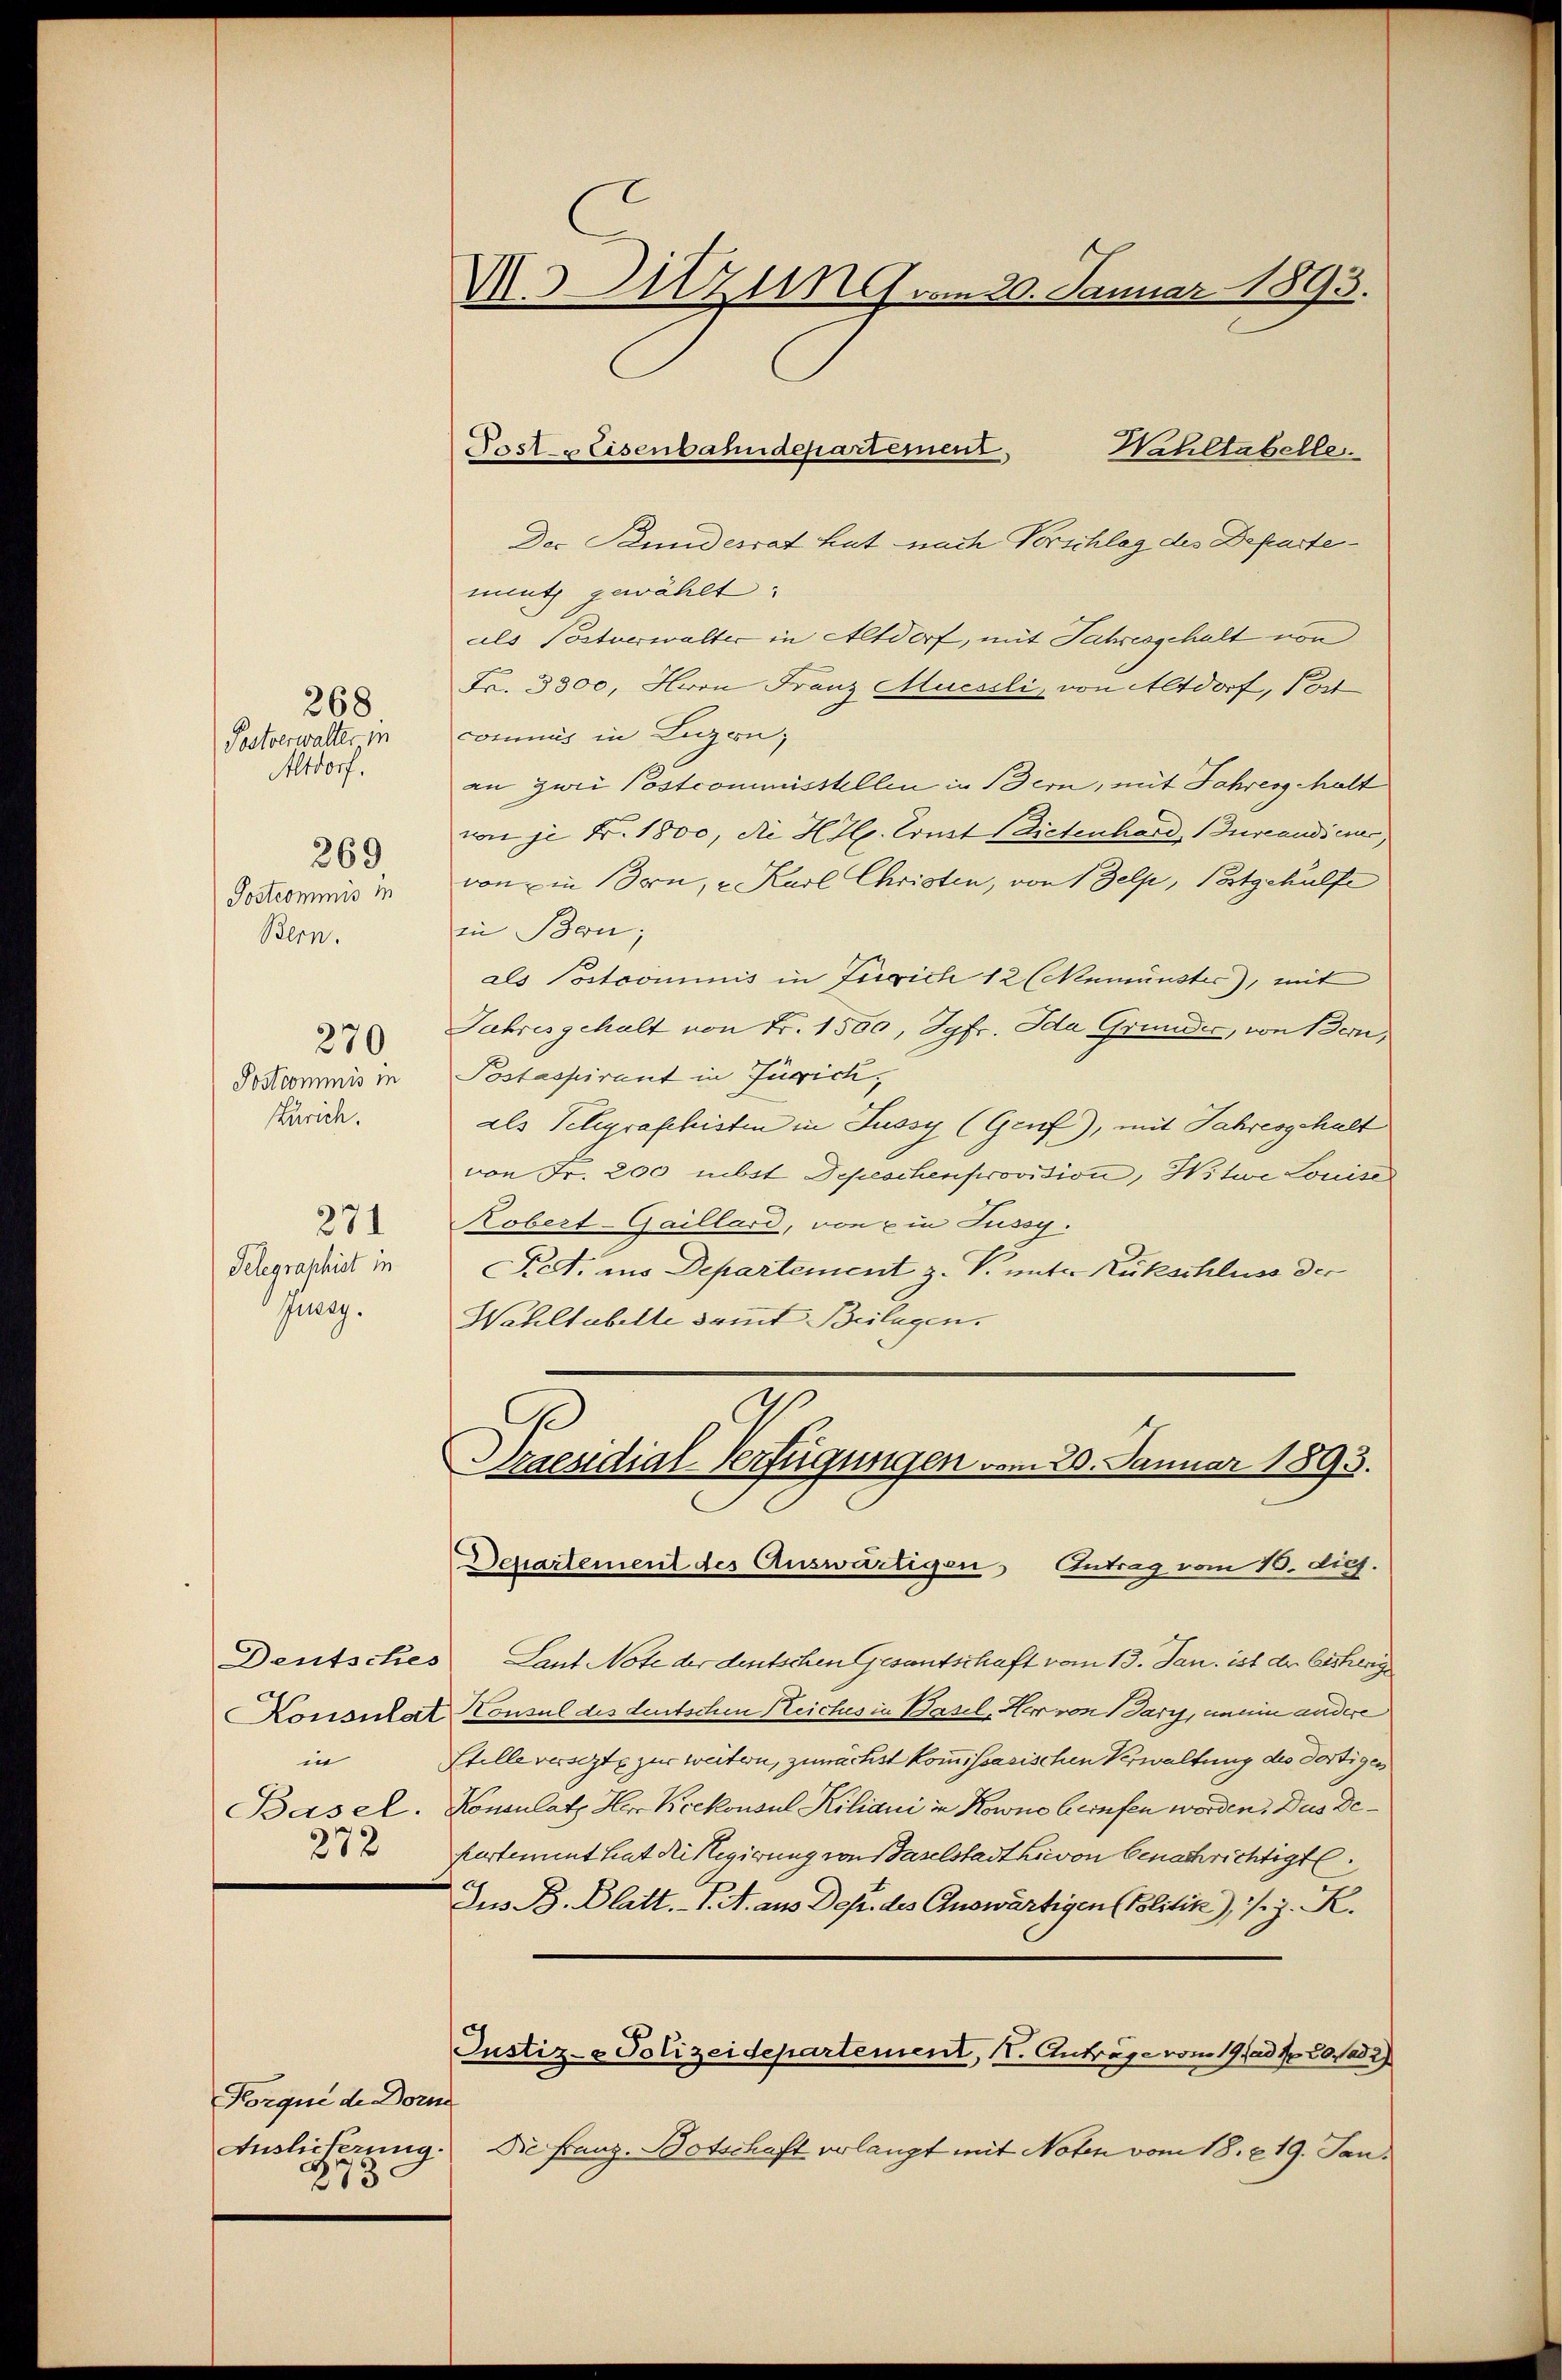
268.
Postverwalter in
Altdorf.
269
Postcommis in
Bern.
270
Postcommis in
Zürich.

Telegraphist in
Juny.

271

in
Basel.
272

Forque de Dor
Auslicherung.
7
3

V. Sitzung vom 20. Januar 1893.

Posts Eisenbahndepartement,

Wahltabelle.
Der Bundesrat hat nach Vorschlag des Departemeuth gewählt:
als Postverwalter in Altdorf, mit Jahresgehalt von
Fr. 3300, Hron Franz Muessli, von Altdorf, Port
commis in Ligen,
an zwei Postcommisstellen in Bern, mit Jahres halt
von je Fr. 1800, die Hilp. Ernst (Dietenhard, Burcandiener,
von in Bern, u. Karl Christen, von 1 Zelp, Postgehülfe
in Ban;
als Postcommnis in Zürich 12 (Neumünster), mit
Jahresgehalt von Fr. 1500, Jgfr. Ida Grunder, von Bern,
Postaspirant in Jürrich,
als Telegraschisten in Fussy (Gruf), mit Jahresgehalt
von Fr. 200 nebst Depeschenprovision, Witwe Louise
Kobert-Gaillard, von in Fussy.
Pett. aus Departement z. B. unter Rückschluss der
Wahltabelle damit Beilagen.
Praesidial-Verfügungen vom 20. Januar 1893.

Deutsches Lant Note der deutschen Gesantschaft vom 13. Jan. ist der bisherig
Konsulat Konsul des deutschen Reiches in Basel, Herr von Bary, mein andere
Stelle versezte zur weitern, zunächst kommissarischen Verwaltung des dortigen
Konsulats Herr Kcekonsul Kiliani in Kowne berufen worden. Das Departement hat die Regierung von Baselstadt hievon benachrichtigt.
Dus B. Blatt. I. A. aus Defe des Auswärtigen Politik), s. z. R.
Justiz- & Polizeidepartement, I. Anträge vom 19. ad 1. 20. ad 2)
Die Franz. Botschaft verlangt mit Noten vom 18. 219. Jan.

Departement des Auswärtigen Antrag vom 10. die.